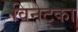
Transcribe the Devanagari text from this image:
विनेट्का